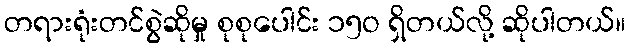
တရားရုံးတင်စွဲဆိုမှု စုစုပေါင်း ၁၅ဝ ရှိတယ်လို့ ဆိုပါတယ်။